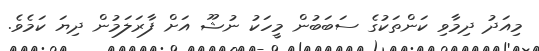
މިއަދު ދިމާވި ކަންތަކުގެ ސަބަބުން މީހަކު ނުޝޫ އަށް ފާރަލަމުން ދިޔަ ކަމެވެ.